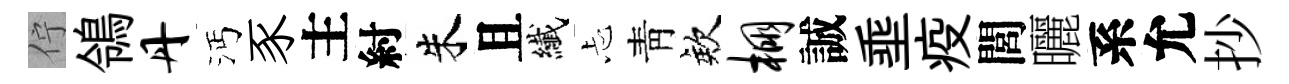
佇鴒丹沔豕主紂朱且纎忐靑欸棚誠埀疫閭曬系允抄